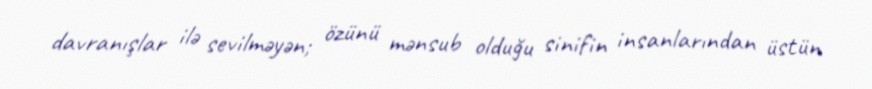
davranışlar ilə sevilməyən; özünü mənsub olduğu sinifin insanlarından üstün